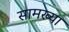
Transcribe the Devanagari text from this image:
सामख्या